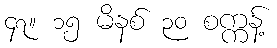
၄၇။ ၁၅ မိနစ် ၃၀ စက္ကန့်